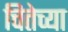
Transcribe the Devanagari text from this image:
चितेच्या